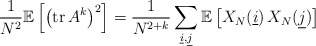
\begin{align*}\frac{1}{N^2} \mathbb{E}\left[ \left( \mathrm{tr\,}A^k\right)^2 \right] = \frac{1}{N^{2+k} } \sum_{\underline{i}, \underline{j}} \mathbb{E}\left[ X_N(\underline{i}) \, X_N( \underline{j}) \right]\end{align*}